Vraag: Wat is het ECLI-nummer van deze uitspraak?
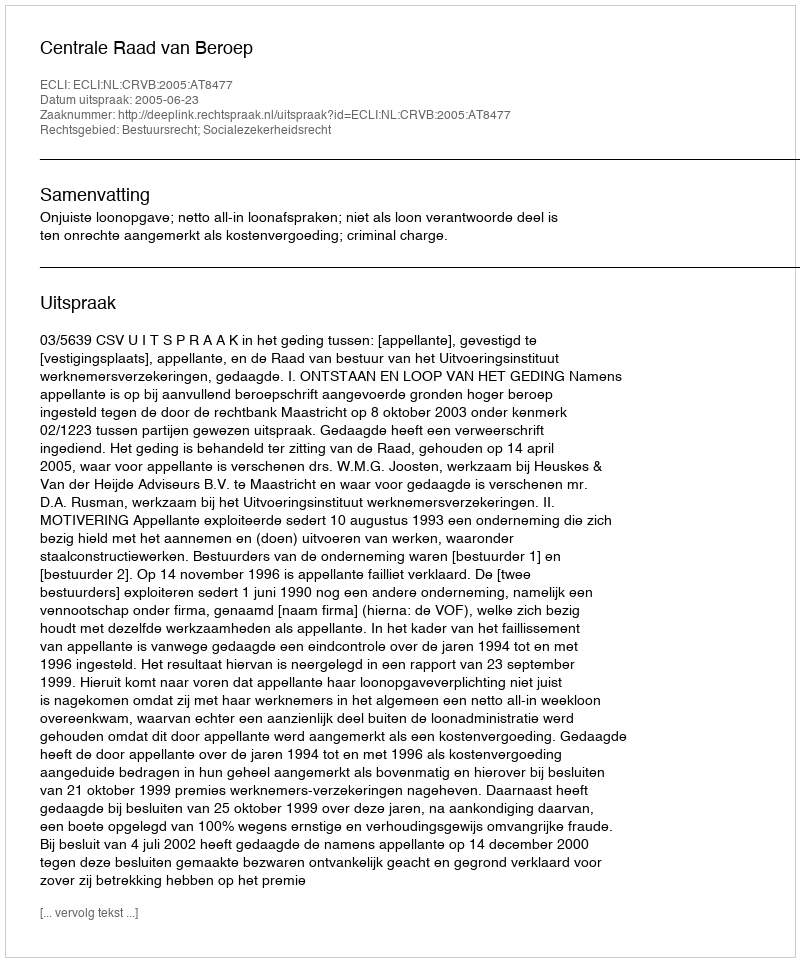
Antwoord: ECLI:NL:CRVB:2005:AT8477